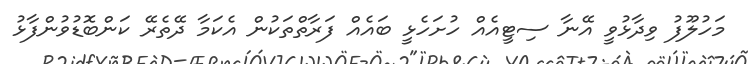
މަހުލޫފު ވިދާޅުވީ އޭނާ ސިޓީއެއް ހުށަހެޅީ ބައެއް ފަރާތްތަކުން އެކަމާ ދޭތެރޭ ކަންބޮޑުވުންފާޅު